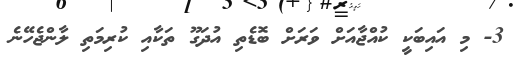
3- މި އައިބަކީ ކުއްޖާއަށް ވަރަށް ބޮޑެތި އުދަގޫ ތަކާއި ކުރިމަތި ލާންޖެހޭނެ